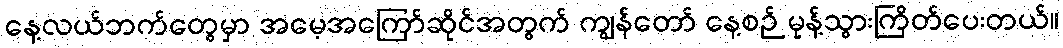
နေ့လယ်ဘက်တွေမှာ အမေ့အကြော်ဆိုင်အတွက် ကျွန်တော် နေ့စဉ် မုန့်သွားကြိတ်ပေးတယ်။